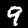
Digit: 9